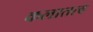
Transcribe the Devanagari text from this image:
कलातत्व